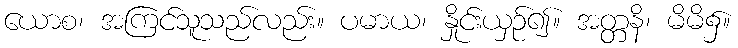
ယောစ၊ အကြင်သူသည်လည်း။ ပမာယ၊ နှိုင်းယှဉ်၍။ အတ္တနိ၊ မိမိ၌။